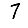
Digit: 7